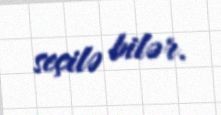
seçilə bilər.